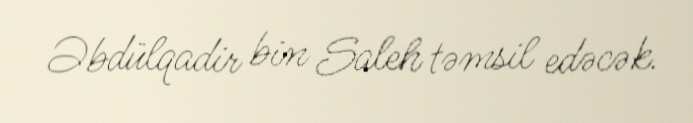
Əbdülqadir bin Saleh təmsil edəcək.